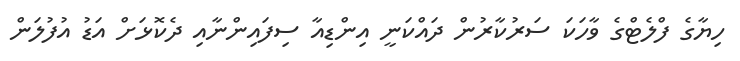
ހިޔާގެ ފްލެޓްގެ ވާހަކަ ސަރުކާރުން ދައްކަނީ އިންޑިއާ ސިފައިންނާއި ދެކޮޅަށް އަޑު އުފުލަން